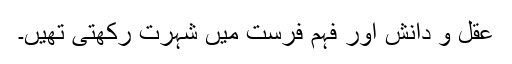
عقل و دانش اور فہم فرست میں شہرت رکھتی تھیں۔